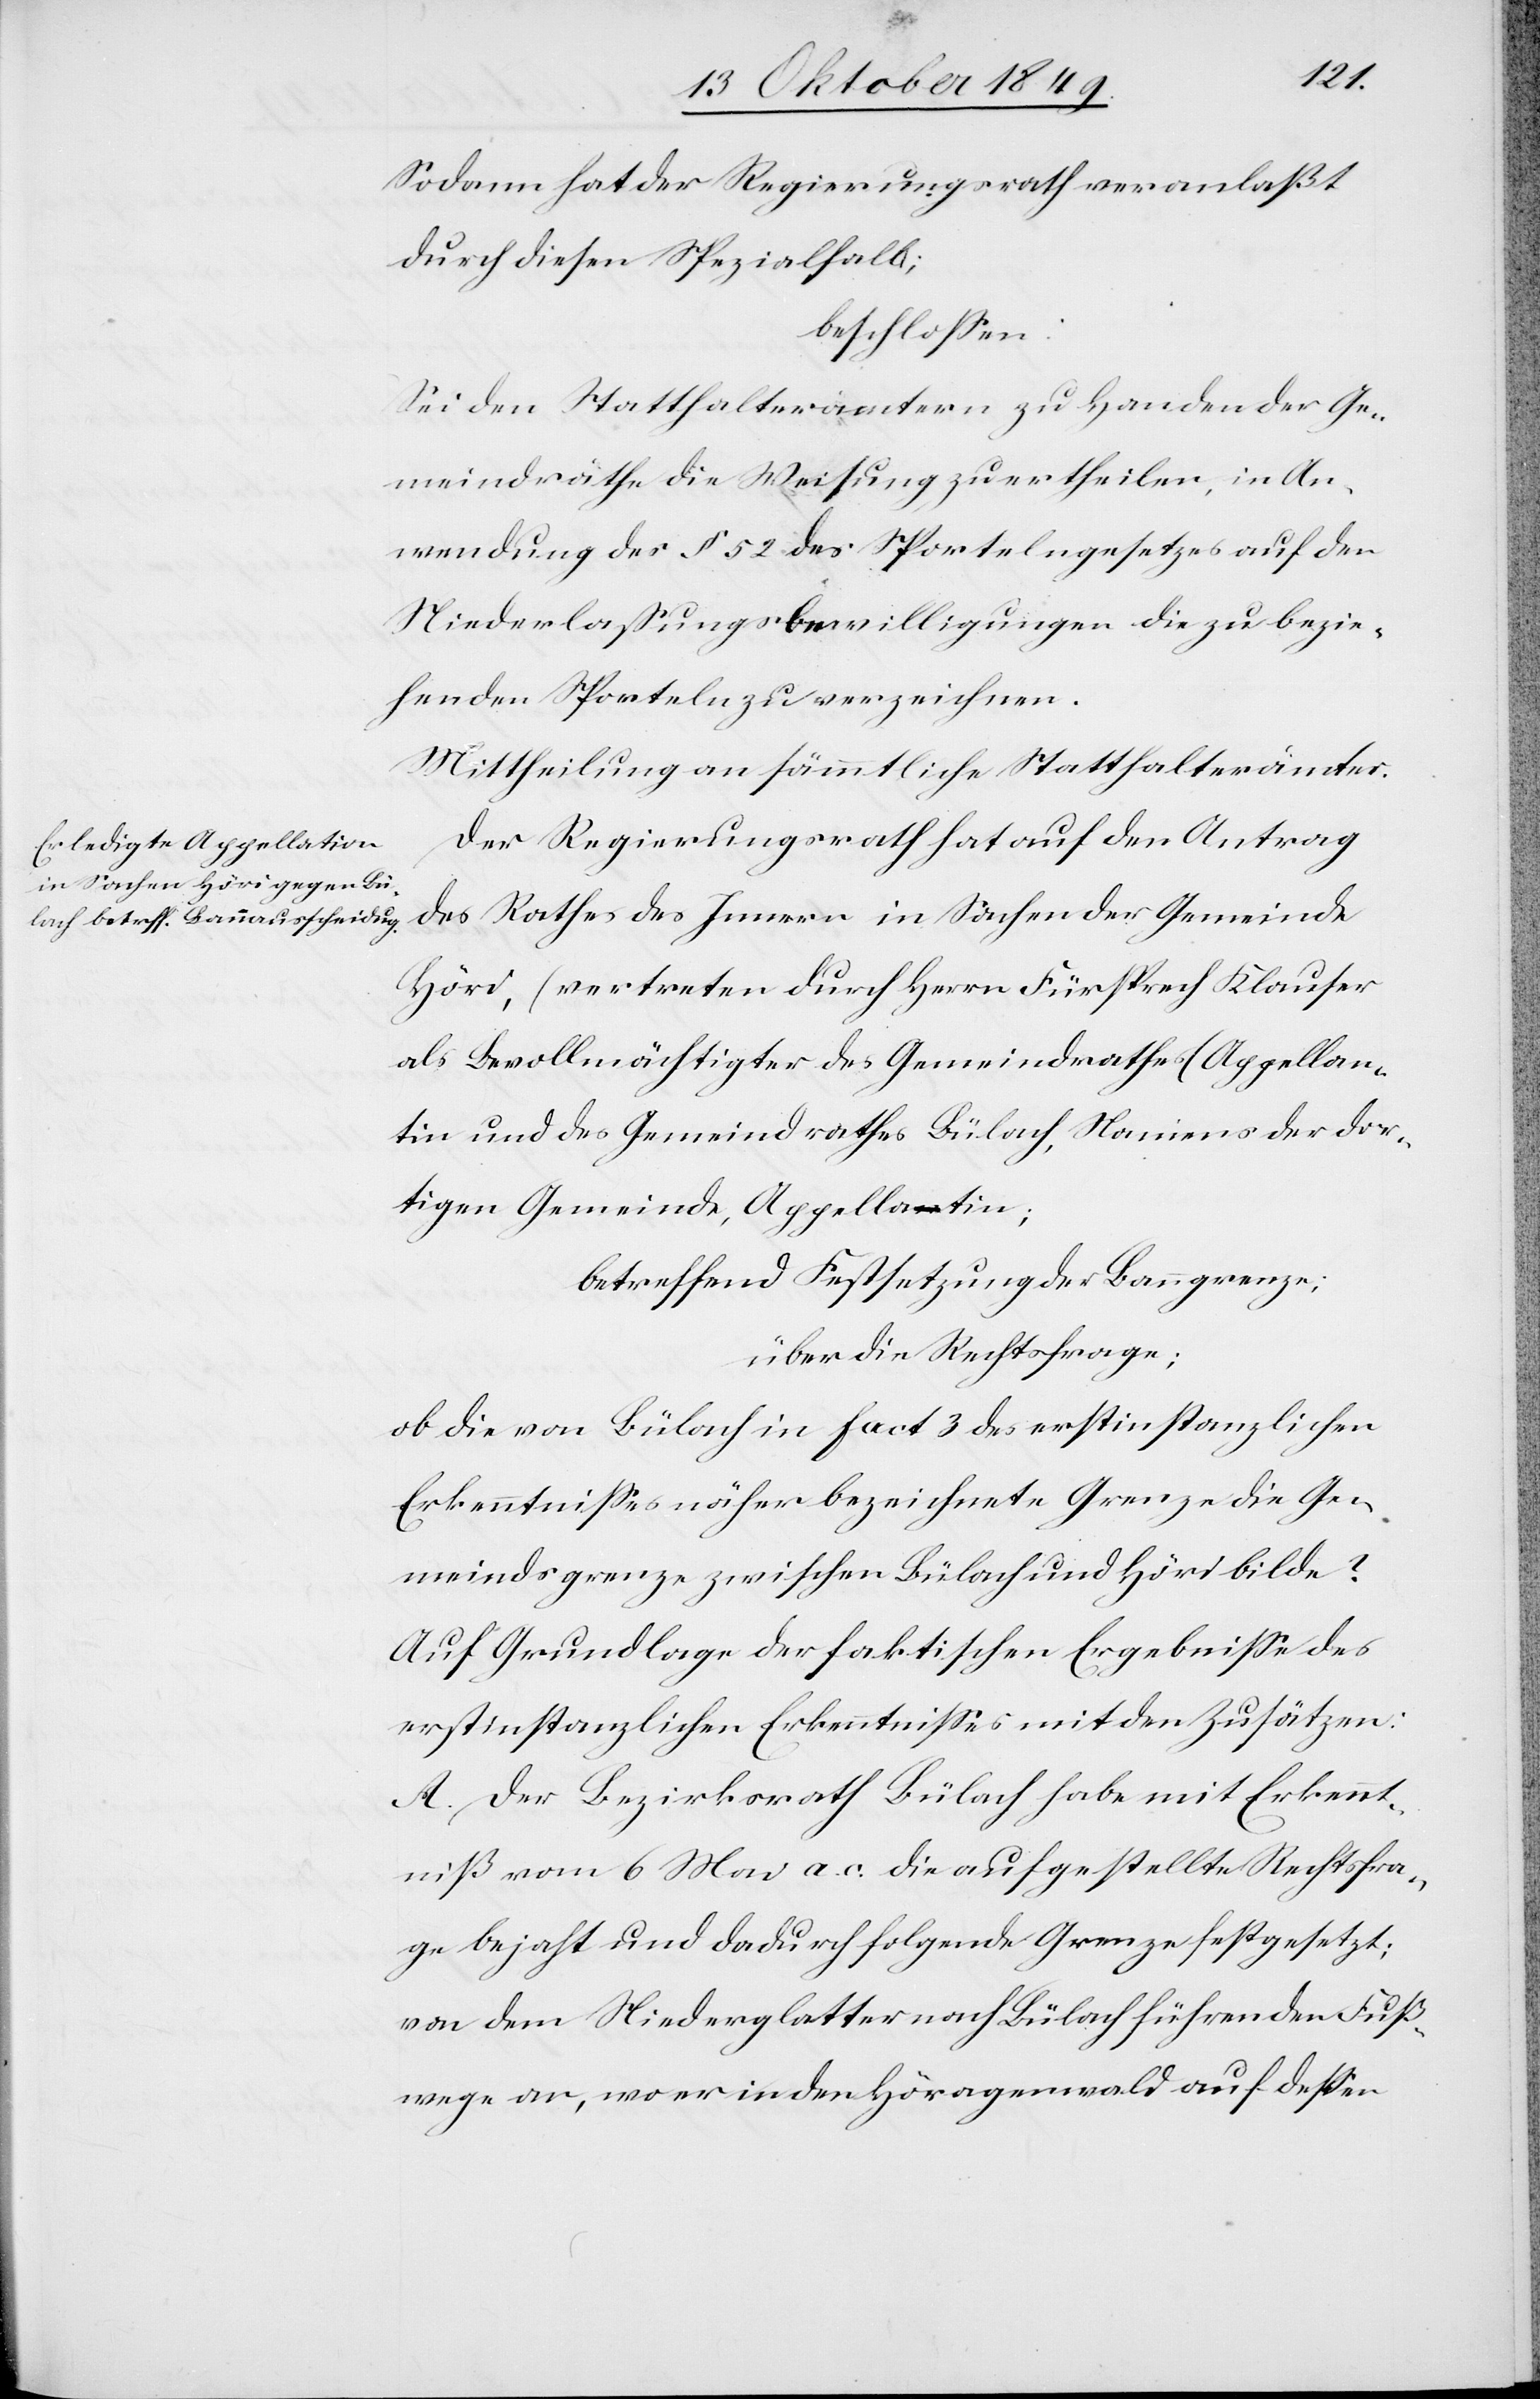
Sodann hat der Regierungsrath veranlaßt
durch diesen Spezialfall;
beschloßen:
Sei den Statthalterämtern zu Handen der Ge¬
meindräthe die Weisung zu ertheilen, in An¬
wendung der § 52 des Sportelngesetzes auf den
Niederlaßungsbewilligungen die zu bezie¬
henden Sporteln zu verzeichnen.
Mittheilung an sämmtliche Statthalterämter.
Der Regierungsrath hat auf den Antrag
des Rathes des Innern in Sachen der Gemeinde
Höri, (vertreten durch Herrn Fürsprech Klauser
als Bevollmächtigter des Gemeindrathes) Appellan¬
tin und des Gemeindrathes Bülach, Namens der dor¬
tigen Gemeinde, Appellantin;
betreffend Festsetzung der Banngrenze;
über die Rechtsfrage:
ob die von Bülach in fact 3 des erstinstanzlichen
Erkenntnißes näher bezeichnete Grenze die Ge¬
meindsgrenze zwischen Bülach und Höri bilde?
Auf Grundlage der faktischen Ergebniße des
erstinstanzlichen Erkenntnißes mit den Zusätzen:
A. Der Bezirksrath Bülach habe mit Erkennt¬
niß vom 6 Mai a. c. die aufgestellte Rechtsfra¬
ge bejaht und dadurch folgende Grenze festgesetzt;
von dem Niederglatter nach Bülach führenden Fluß¬
wege, an wo er in den Höragenwald auf deßen